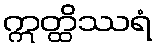
ဣတ္ထိဿရံ